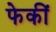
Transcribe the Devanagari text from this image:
फेकीं